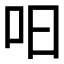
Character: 𱒈